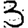
Digit: 3